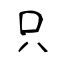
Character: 只